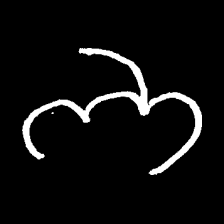
Pyu character \u2014 Myanmar letter: ဘ (romanized: bha)